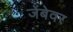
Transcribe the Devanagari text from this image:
जेंबेवर